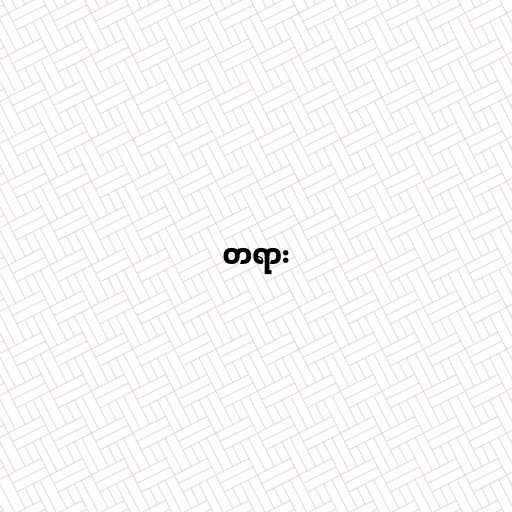
တရား